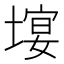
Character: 𡏉